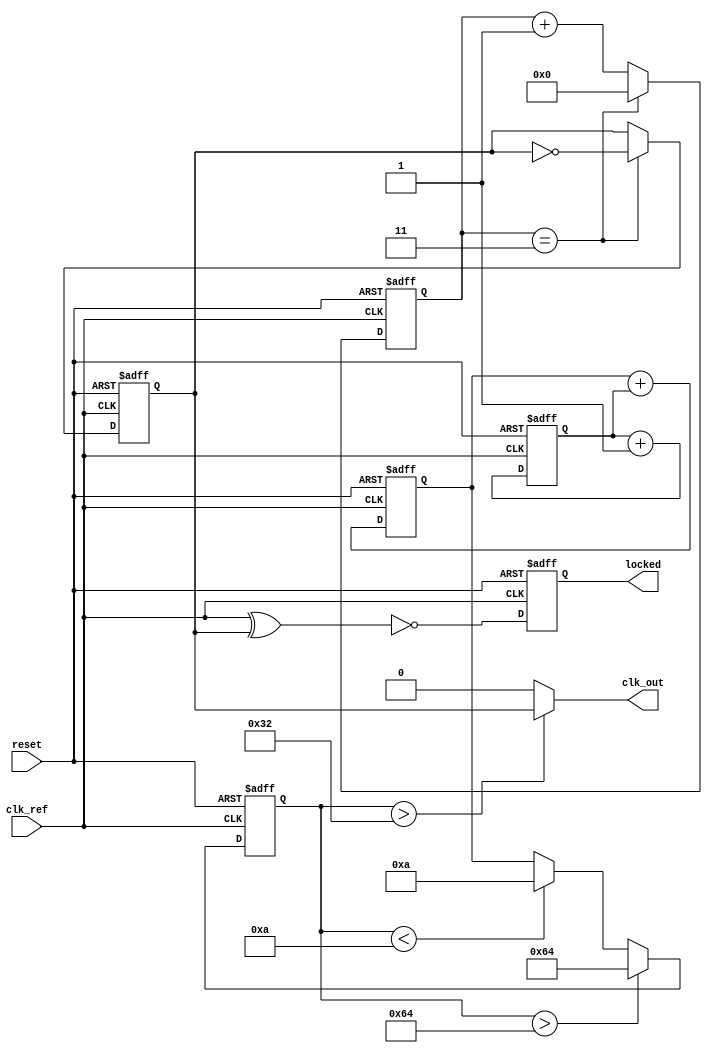
module dual_loop_pll (
    input wire clk_ref,         // Reference clock input
    input wire reset,           // Reset signal
    output wire clk_out,        // Output clock
    output wire locked          // Lock indicator
);

    // Parameters
    parameter DIV_RATIO = 4;    // Frequency divider ratio
    parameter VCO_MAX_FREQ = 100; // Max VCO frequency
    parameter VCO_MIN_FREQ = 10;  // Min VCO frequency

    // Internal signals
    wire phase_error;            // Phase error signal
    wire cp_output;              // Charge pump output
    wire [7:0] loop_filter_out;  // Output from loop filter
    wire vco_control;            // Control voltage for VCO
    reg [7:0] vco_freq;          // VCO frequency register
    reg [3:0] divider_count;      // Divider count for feedback
    reg clk_div;                 // Divided clock signal
    reg locked_reg;              // Lock status register

    // Phase Detector (PD)
    assign phase_error = clk_ref ^ clk_div; // Simple XOR phase detector

    // Charge Pump (CP)
    always @(posedge clk_ref or posedge reset) begin
        if (reset) begin
            cp_output <= 0;
        end else begin
            cp_output <= cp_output + (phase_error ? 1 : -1); // Adjust based on phase error
        end
    end

    // Loop Filter (LF) - Simple first-order filter
    always @(posedge clk_ref or posedge reset) begin
        if (reset) begin
            loop_filter_out <= 0;
        end else begin
            loop_filter_out <= loop_filter_out + cp_output; // Integrate charge pump output
        end
    end

    // Voltage-Controlled Oscillator (VCO)
    always @(posedge clk_ref or posedge reset) begin
        if (reset) begin
            vco_freq <= VCO_MIN_FREQ; // Initialize VCO frequency
        end else begin
            vco_freq <= loop_filter_out[7:0]; // Update VCO frequency based on loop filter output
            if (vco_freq > VCO_MAX_FREQ) begin
                vco_freq <= VCO_MAX_FREQ; // Clamp to max frequency
            end else if (vco_freq < VCO_MIN_FREQ) begin
                vco_freq <= VCO_MIN_FREQ; // Clamp to min frequency
            end
        end
    end

    // Frequency Divider
    always @(posedge clk_ref or posedge reset) begin
        if (reset) begin
            divider_count <= 0;
            clk_div <= 0;
        end else begin
            if (divider_count == (DIV_RATIO - 1)) begin
                clk_div <= ~clk_div; // Toggle divided clock
                divider_count <= 0; // Reset count
            end else begin
                divider_count <= divider_count + 1; // Increment count
            end
        end
    end

    // Generate output clock based on VCO frequency
    assign clk_out = (vco_freq > 50) ? clk_div : 0; // Simple output generation

    // Lock detection logic
    always @(posedge clk_ref or posedge reset) begin
        if (reset) begin
            locked_reg <= 0;
        end else begin
            locked_reg <= (phase_error == 0); // Lock if phase error is zero
        end
    end

    assign locked = locked_reg;

endmodule